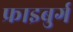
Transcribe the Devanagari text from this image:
फ्राइबुर्ग